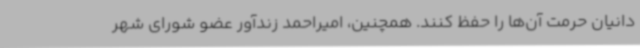
دانیان حرمت آن‌ها را حفظ کنند. همچنین، امیراحمد زندآور عضو شورای شهر